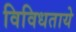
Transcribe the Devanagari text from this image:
विविधताये